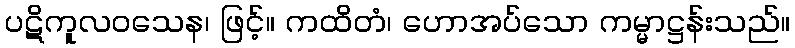
ပဋိကူလဝသေန၊ ဖြင့်။ ကထိတံ၊ ဟောအပ်သော ကမ္မာဋ္ဌန်းသည်။